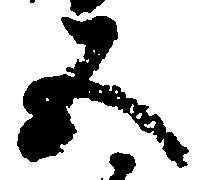
五